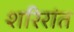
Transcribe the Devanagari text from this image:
शरिरांत